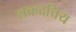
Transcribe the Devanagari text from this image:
शक्रदत्तिय